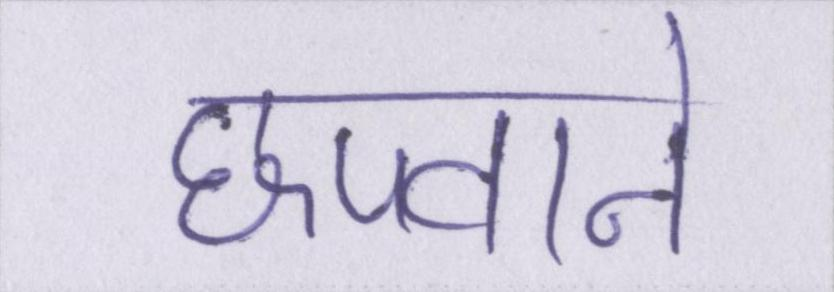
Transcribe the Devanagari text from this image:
छपवाने